Plague in India, 1896, 1897 - Volume 3
Year: 1896
Disease focus: Plague
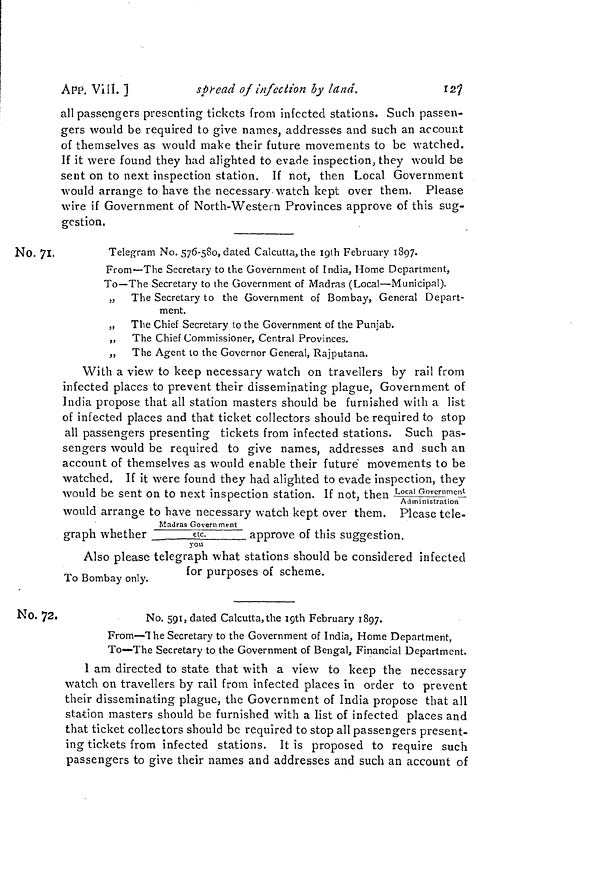
APP. Vilî. ]
spread of infection by land.
ri»7
all passengers presenting tickets from infected stations. Such passen-
gers would be required to give names, addresses and such an account
of themselves as would make their future movements to be watched.
If it were found they had alighted to evade inspection; they would be
sent on to next inspection station. If not, then Local Government
would arrange to have the necessary watch kept over them. Please
wire if Government of North-Western Provinces approve of this sug-
gestion,
No. 71.
Telegram No. 576-580, dated Calcutta, the ipth February 1897.
From—The Secretary to the Government of India, Home Department,
To—The Secretary to the Government of Madras (Local—Municipal).
„ The Secretary to the Government of Bombay, General Depart-
ment.
„ The Chief Secretary to the Government of the Punjab.
,, The Chief Commissioner, Central Provinces.
„ The Agent to the Governor General, Rajputana.
With a view to keep necessary watch on travellers by rail from
infected places to prevent their disseminating plague, Government of
India propose that all station masters should be furnished with a list
of infected places and that ticket collectors should be required to stop
all passengers presenting tickets from infected stations. Such pas-
sengers would be required to give names, addresses and such an
account of themselves as would enable their future movements to be
watched. If it were found they had alighted to evade inspection, they
would be sent on to next inspection station. If not. then Local Government
1
'
Administration
would arrange to have necessary watch kept over them. Please tele-
MaJras Government
graph whether
etc.
approve of this suggestion.
you
Also please telegraph what stations should be considered infected
n ,
.
for purposes of scheme.
To Bombay only.
r r
No. 72.
No. 591, dated Calcutta, the igth February 1897.
From—The Secretary to the Government of India, Home Department,
To—The Secretary to the Government of Bengal, Financial Department.
1 am directed to state that with a view to keep the necessary
watch on travellers by rail from infected places in order to prevent
their disseminating plague, the Government of India propose that all
station masters should be furnished with a list of infected places and
that ticket collectors should be required to stop all passengers present-
ing tickets from infected stations. It is proposed to require such
passengers to give their names and addresses and such an account of